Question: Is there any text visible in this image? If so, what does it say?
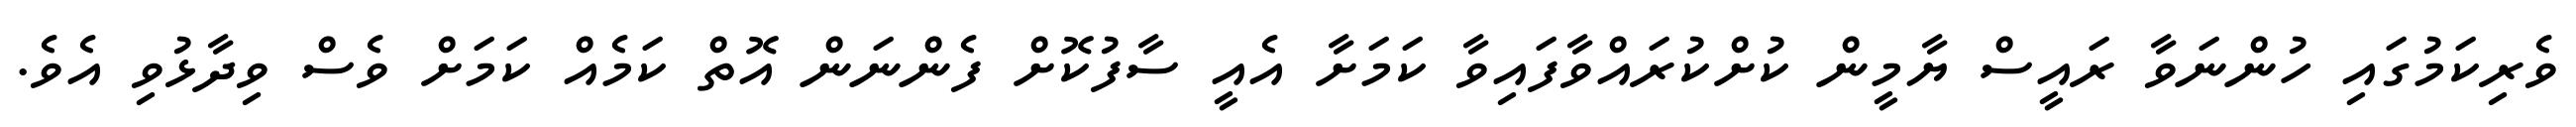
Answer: ވެރިކަމުގައި ހުންނަވާ ރައީސް ޔާމީން ކުށްކުރައްވާފައިވާ ކަމަށާ އެއީ ސާފުކޮށް ފެންނަން އޮތް ކަމެއް ކަމަށް ވެސް ވިދާޅުވި އެވެ.